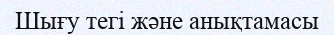
Шығу тегі және анықтамасы